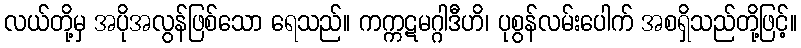
လယ်တို့မှ အပိုအလွန်ဖြစ်သော ရေသည်။ ကက္ကဋမဂ္ဂါဒီဟိ၊ ပုစွန်လမ်းပေါက် အစရှိသည်တို့ဖြင့်။